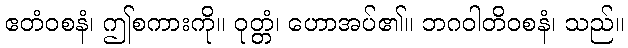
ဧတံဝစနံ၊ ဤစကားကို။ ဝုတ္တံ၊ ဟောအပ်၏။ ဘဂဝါတိဝစနံ၊ သည်။